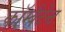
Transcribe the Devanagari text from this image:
कॉम्बैटेन्ट